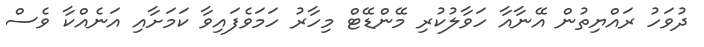
ދުވަހު ރައްޔިތުން އޭނާއާ ހަވާލުކުރި މޭންޑޭޓް މިހާރު ހަަމަވެފައިވާ ކަމަށާއި އަނެއްކާ ވެސް